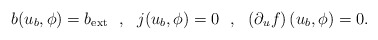
\begin{align*}b(u_b,\phi)=b_{\rm ext}\ \ ,\ \ j(u_b,\phi)=0\ \ ,\ \ \left(\partial_uf\right)(u_b,\phi)=0.\end{align*}